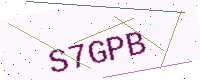
Text: S7GPB